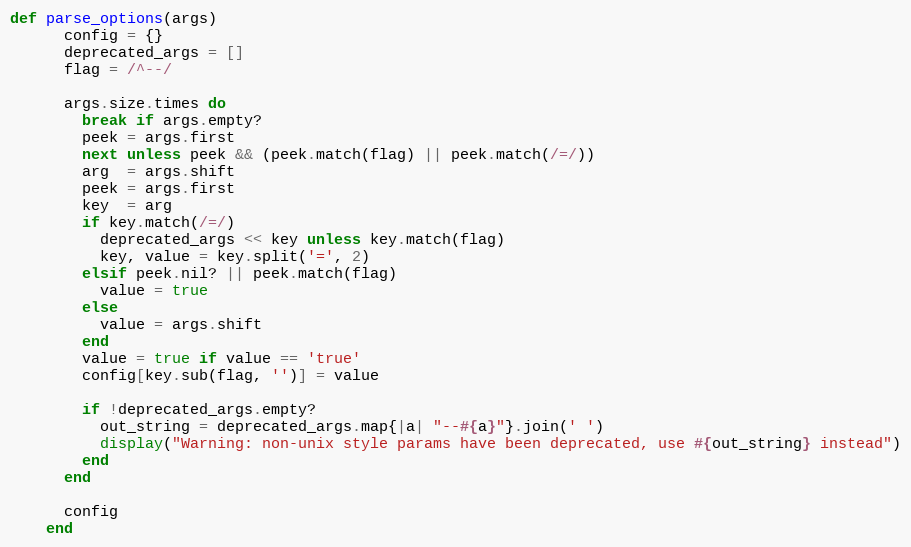
Language: Ruby
def parse_options(args)
      config = {}
      deprecated_args = []
      flag = /^--/

      args.size.times do
        break if args.empty?
        peek = args.first
        next unless peek && (peek.match(flag) || peek.match(/=/))
        arg  = args.shift
        peek = args.first
        key  = arg
        if key.match(/=/)
          deprecated_args << key unless key.match(flag)
          key, value = key.split('=', 2)
        elsif peek.nil? || peek.match(flag)
          value = true
        else
          value = args.shift
        end
        value = true if value == 'true'
        config[key.sub(flag, '')] = value

        if !deprecated_args.empty?
          out_string = deprecated_args.map{|a| "--#{a}"}.join(' ')
          display("Warning: non-unix style params have been deprecated, use #{out_string} instead")
        end
      end

      config
    end